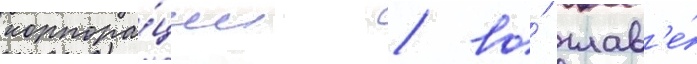
корпора́ции / во́ глав'е́